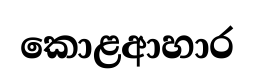
කොළආහාර